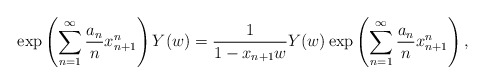
\begin{align*}\exp\left(\sum^\infty_{n=1}\frac{a_n}{n}x^n_{n+1}\right)Y(w)=\frac{1}{1-x_{n+1}w}Y(w)\exp\left(\sum^\infty_{n=1}\frac{a_n}{n}x^n_{n+1}\right),\end{align*}